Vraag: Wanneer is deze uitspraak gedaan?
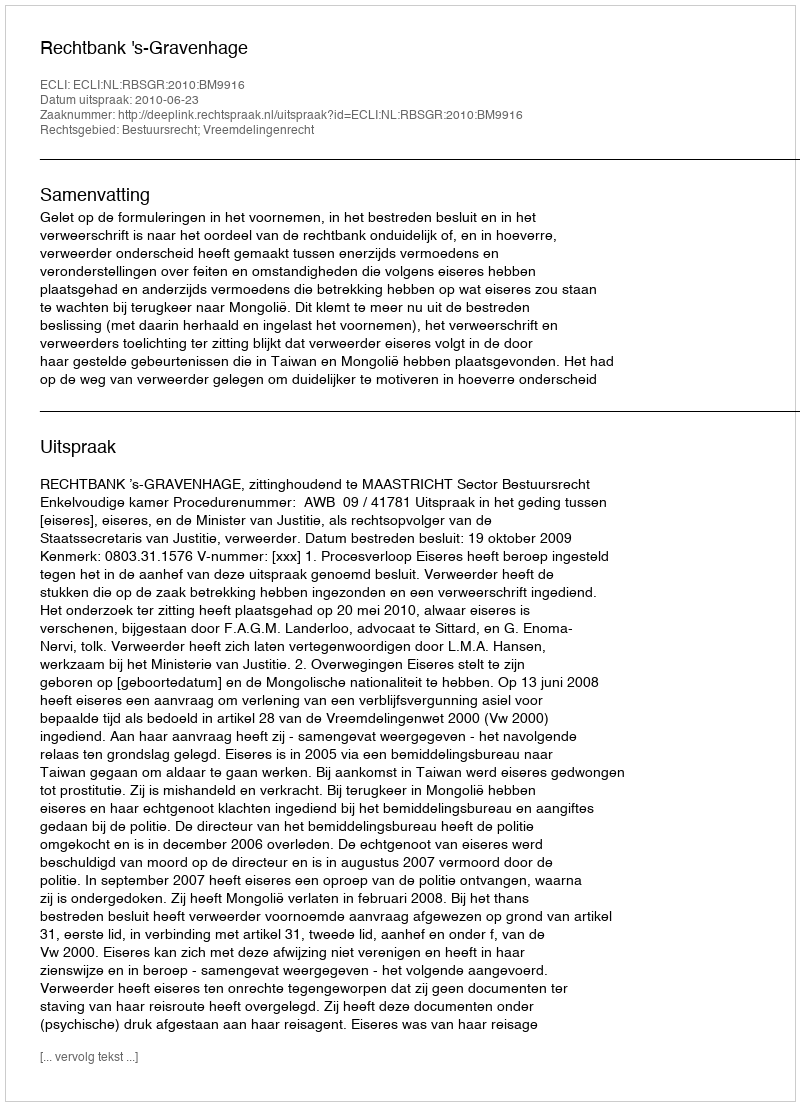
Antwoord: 2010-06-23